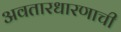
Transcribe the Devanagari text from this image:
अवतारधारणाची